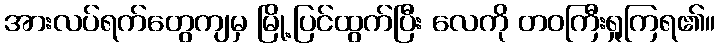
အားလပ်ရက်တွေကျမှ မြို့ပြင်ထွက်ပြီး လေကို တဝကြီးရှုကြရ၏။